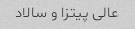
عالی پیتزا و سالاد